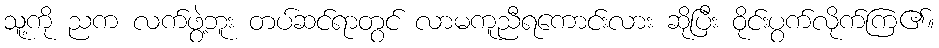
သူ့ကို ညက လက်ဖွဲ့ဘူး တပ်ဆင်ရာတွင် လာမကူညီရကောင်းလား ဆိုပြီး ဝိုင်းပွက်လိုက်ကြ၏။